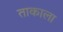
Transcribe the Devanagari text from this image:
ताकाला